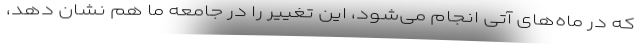
که در ماه‌های آتی انجام می‌شود، این تغییر را در جامعه ما هم نشان دهد،